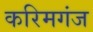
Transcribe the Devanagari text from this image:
करिमगंज